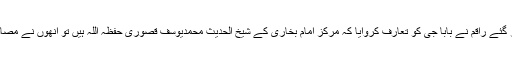
دعوت کھانے کے بعد بابا جی کی زیارت کے لئے ان کے گھر گئے راقم نے بابا جی کو تعارف کروایا کہ مرکز امام بخاری کے شیخ الحدیث محمدیوسف قصوری حفظہ اللہ ہیں تو انھوں نے مصافحہ کیا اور ساتھ پوچھا کہ صحیح بخاری کا مکمل نام کیا ہے ؟